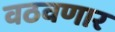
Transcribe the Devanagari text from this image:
वठवणार